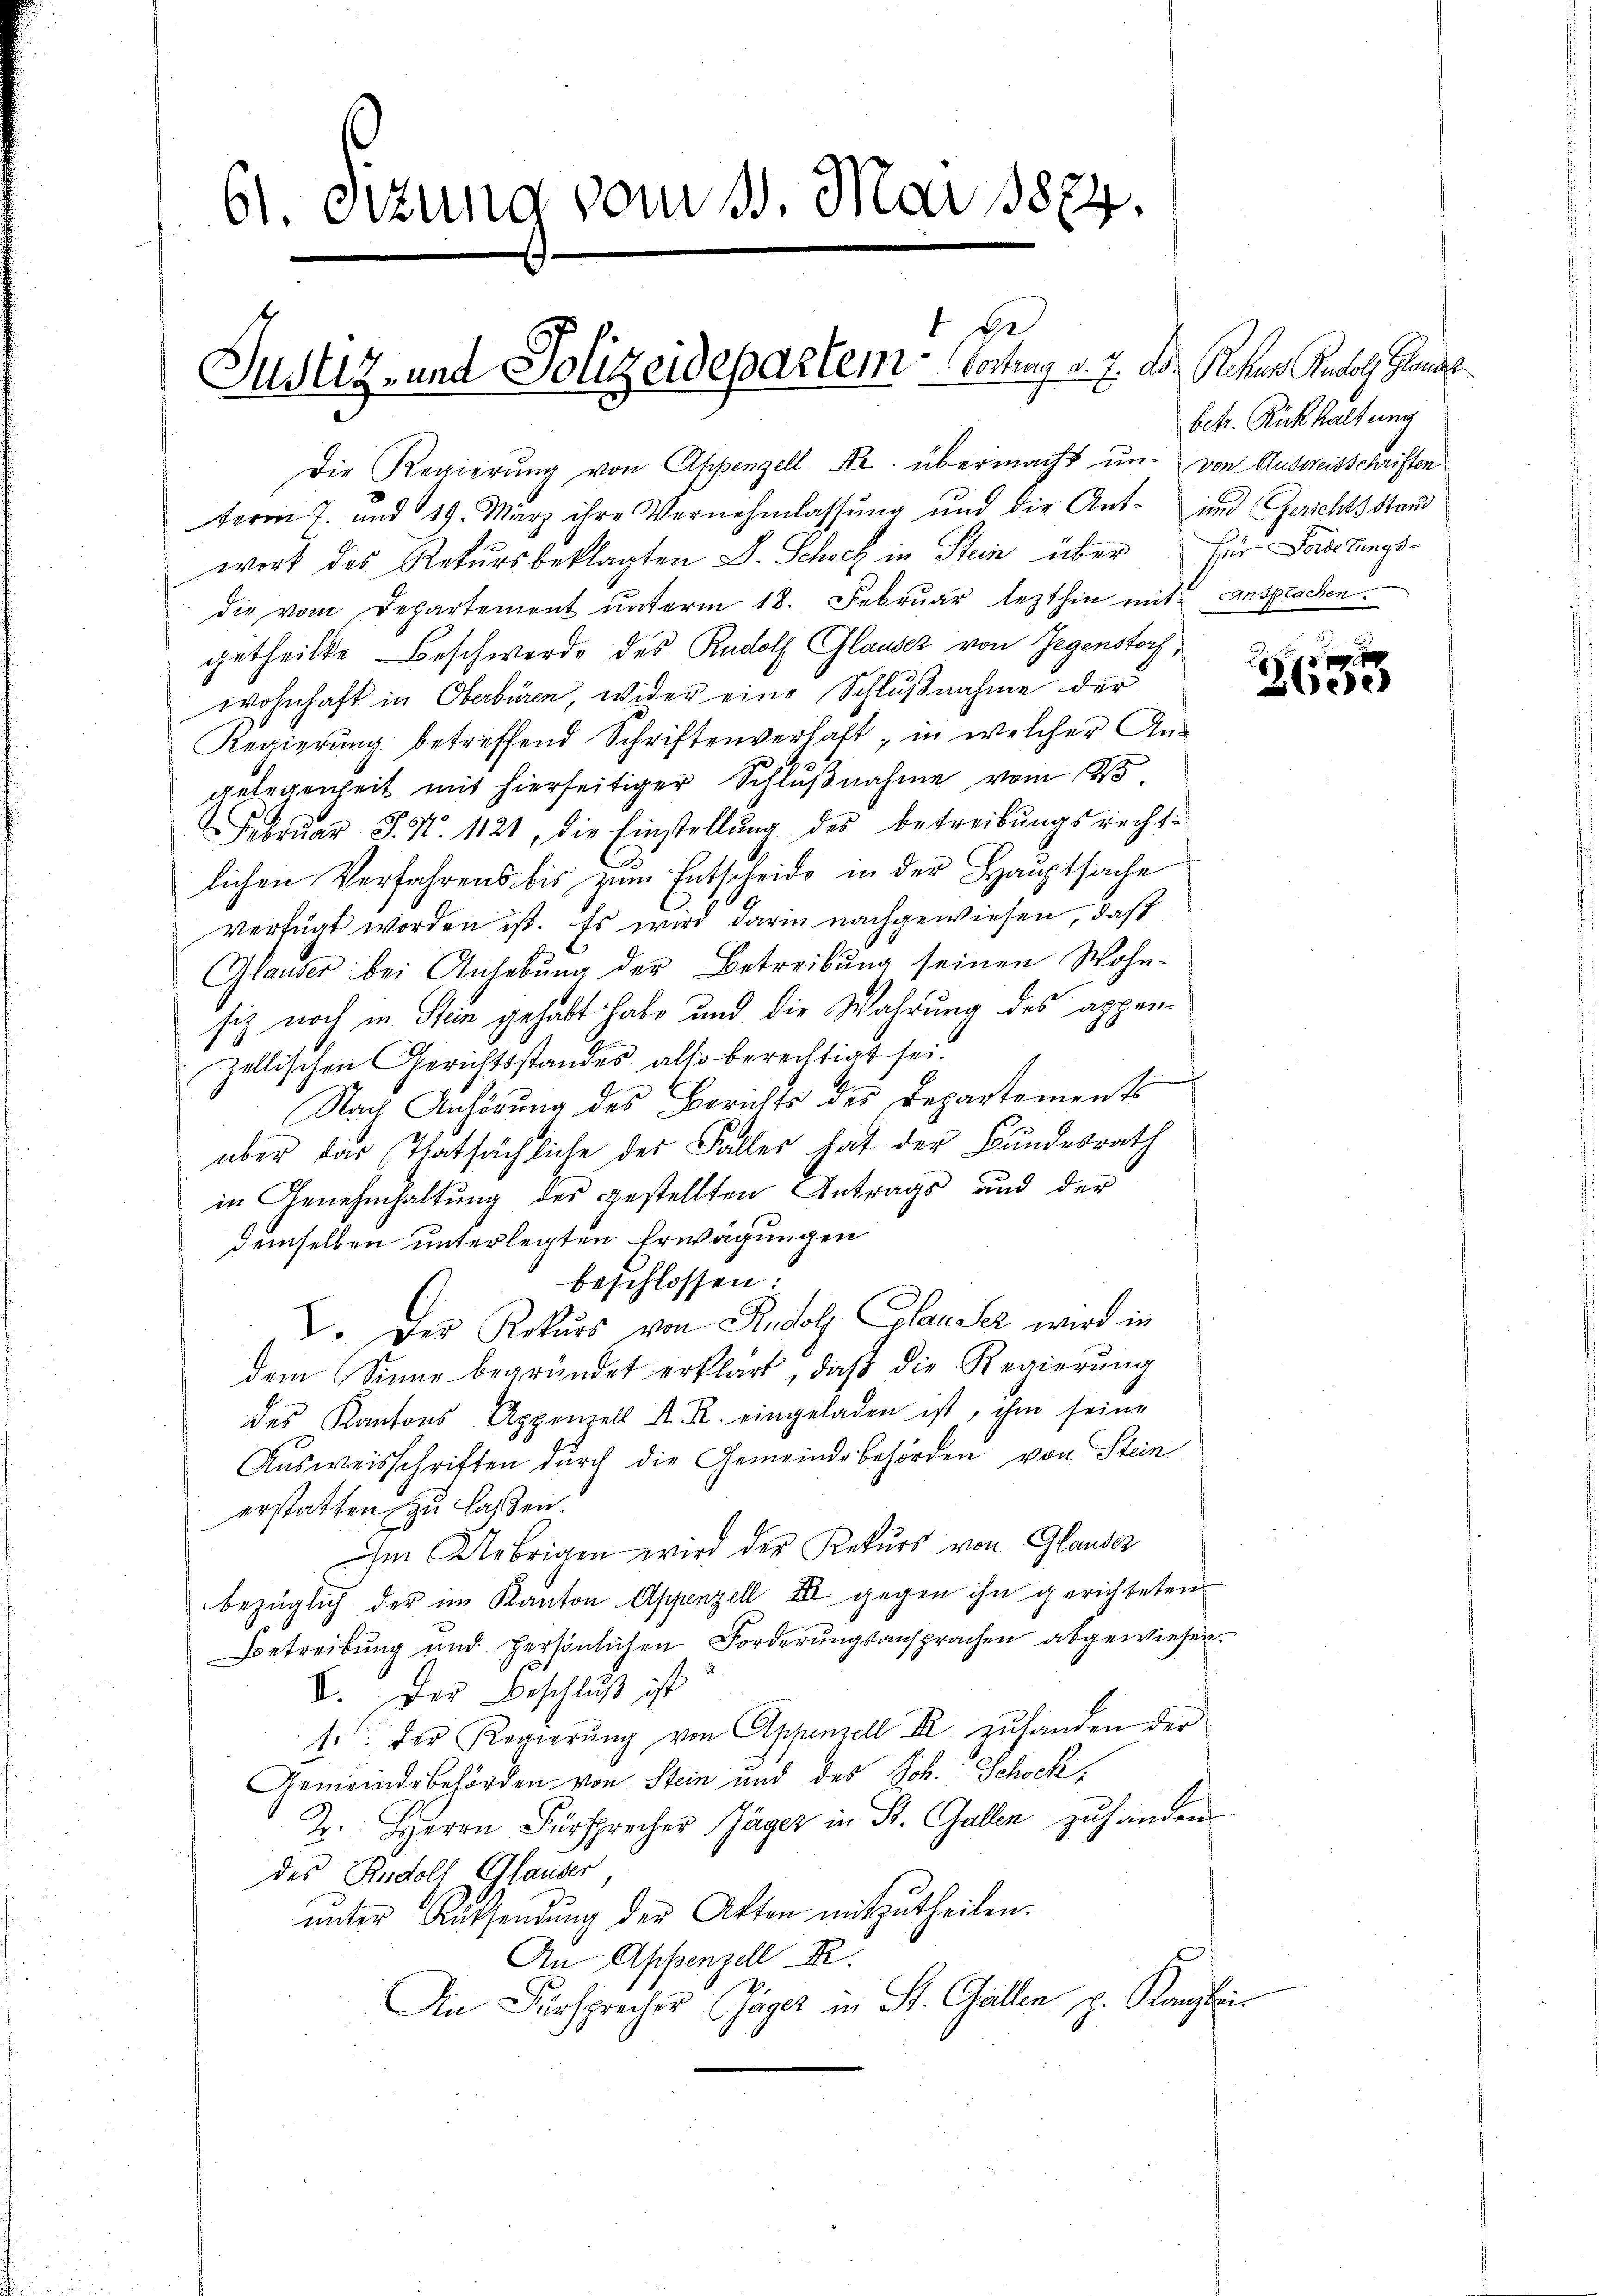
61. Sizung vom 10. Mai 1884.

e
Justiz- und Polizeidepartem Vortrag v. 7. Der Rechen Besol. Glas

betr. Rückhaltung

Die Regierŭng von Appenzell Fr. übermacht un- von Ausweisschriften
term 7. und 19. März ihre Vernehmlassung und die Ant- und Gerichtsstand
wort des Rekursbeklagten L. Schoch in Stein über für Ladetings-
die vom Departement unterm 18. Februar lezthin mit Ansprachen.
getheilte Beschwerde des Rudolf Glauser von Gegenstorf,
wohnhaft in Oberbüren, wider eine Schlußnahme der
Regierung betreffend Schriftenverhaft, in welcher An-
gelegenheit mit hierseitiger Schlŭβnahme vom 25.
Februar J. N. 1121, die Einstellŭng des betreibungsrecht-
lichen Verfahrens bis zum Entscheide in der Hauptsache
verfügt worden ist. Es wird darin nachgewiesen, daß
Glauber bei Anhebung der Betreibung seinen Wohn-
siz noch in Stein gehabt habe und die Wahrung des appenzellischen Gerichtsstandes alls berechtigt sei.
Nach Anhörung des Berichts des Departements
über das Thatsächliche des Falles hat der Bundesrath
in Genehmhaltung des gestellten Antrags und der
demselben unterlegten Erwägungen
beschlossen:
I. Der Rekurs von Rudolf Clauser wird in
dem Sinne begründet erklärt, daß die Regierung
des Kantons Appenzell A. R. eingeladen ist, ihm seine
Ausweisschriften durch die Gemeindebehörden von Stein
erstatten zu lassen.
Im Uebrigen wird der Rekurs von Glauder
bezüglich der im Kanton Appenzell III gegen ihn gerichteten
Betreibung und persönlichen Forderungsansprachen abgewiesen.
V. Der Beschlŭβ ist
si: der Regierŭng von Appenzell II zŭhanden der
Gemeindebehörden von Stein und des Joh. Schock,
2. Herrn Fürsprecher Jäger in St. Gallen zu handen.
des Rudoll Glauber
ŭnter Küssendŭng der Akten mitzutheilen.
An Appenzell A.
An Fürsprechen Gager in St. Gallen p. Kanzlei

e

Blede